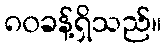
၈၀ခန့်ရှိသည်။